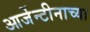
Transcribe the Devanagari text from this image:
आर्जेन्टीनाच्या